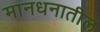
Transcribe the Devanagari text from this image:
मानधनातील